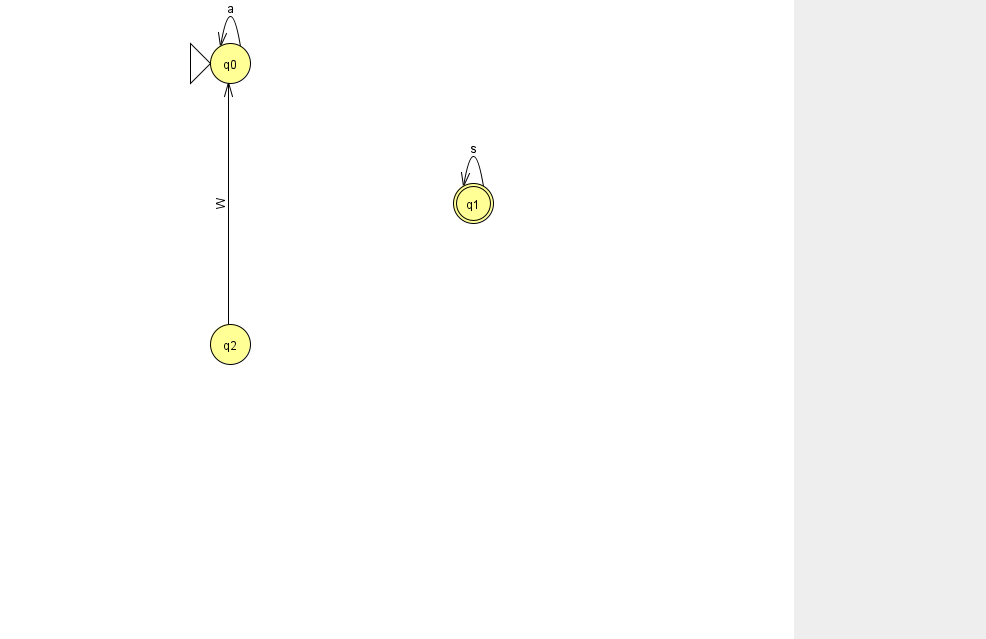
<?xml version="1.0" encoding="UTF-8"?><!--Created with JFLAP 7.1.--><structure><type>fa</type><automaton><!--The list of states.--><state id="0" name="q0"><x>230.0</x><y>50.0</y><initial/></state><state id="1" name="q1"><x>473.0</x><y>190.0</y><final/></state><state id="2" name="q2"><x>230.0</x><y>331.0</y></state><!--The list of transitions.--><transition><from>0</from><to>0</to><read>a</read></transition><transition><from>2</from><to>0</to><read>W</read></transition><transition><from>1</from><to>1</to><read>s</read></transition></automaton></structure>